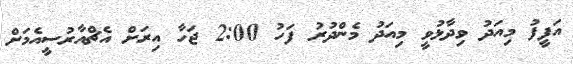
އަފީފު މިއަދު ވިދާޅުވީ މިއަދު މެންދުރު ފަހު 2:00 ޖަހާ އިރަށް އެޗްއާރުސީއެމަށް